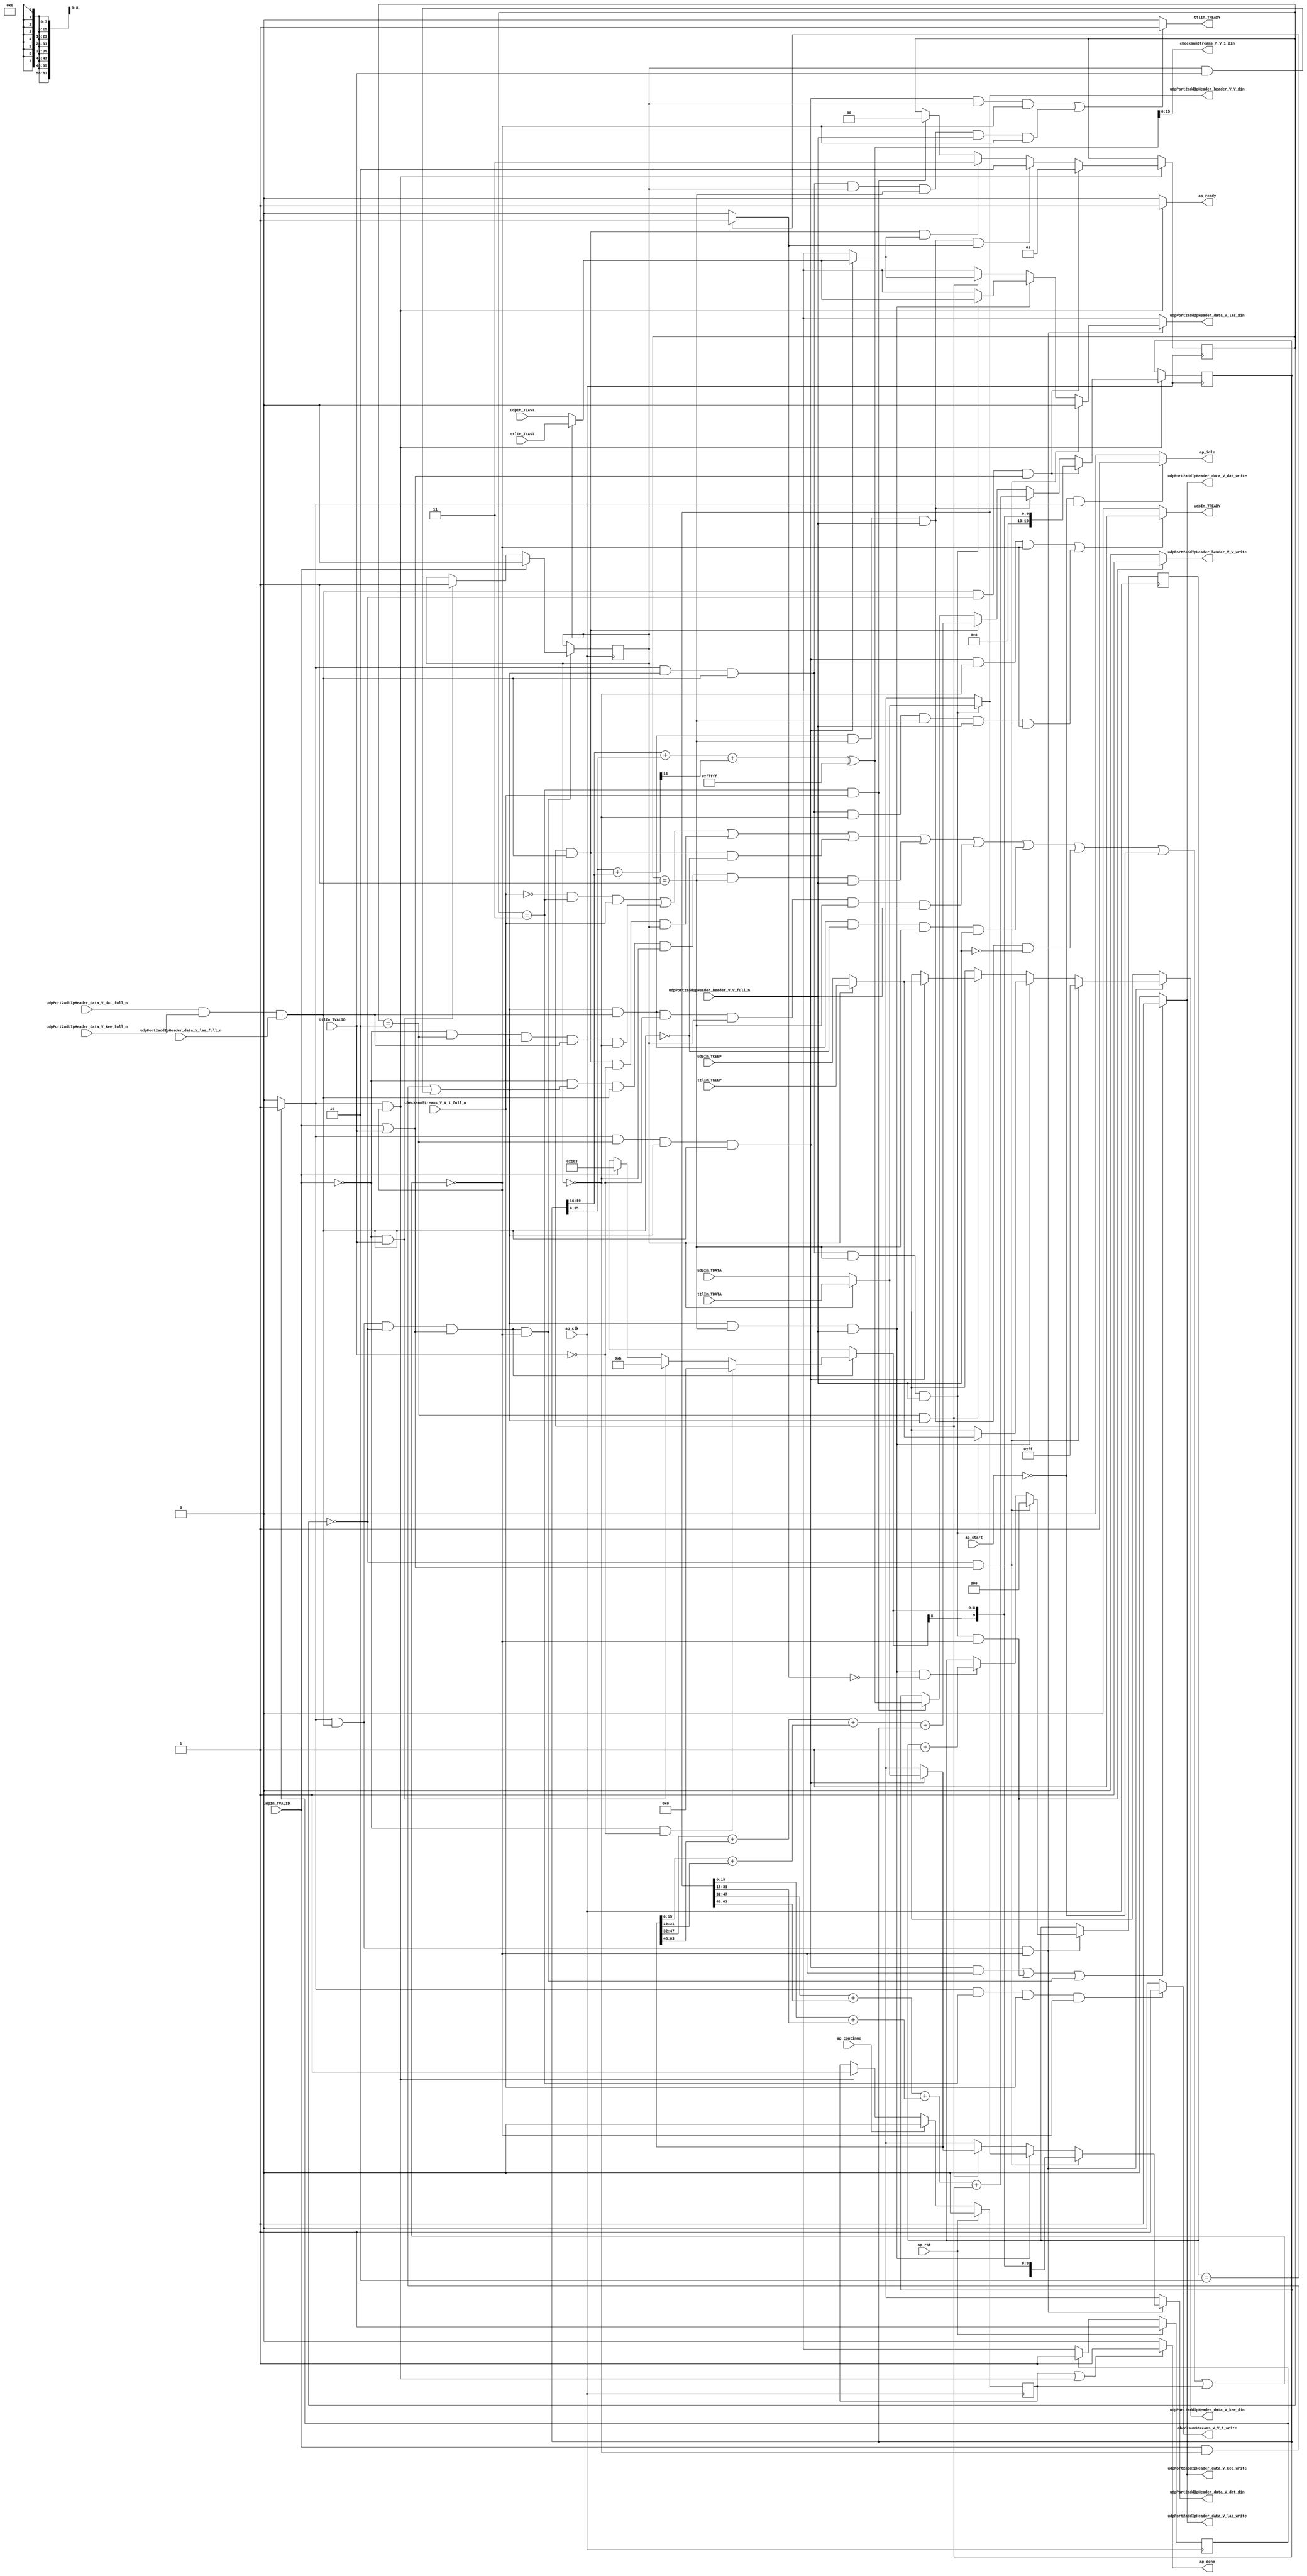
// This program was cloned from: https://github.com/mustafabbas/ECE1373_2016_hft_on_fpga
// License: MIT License

// ==============================================================
// RTL generated by Vivado(TM) HLS - High-Level Synthesis from C, C++ and SystemC
// Version: 2015.1
// Copyright (C) 2015 Xilinx Inc. All rights reserved.
// 
// ===========================================================

`timescale 1 ns / 1 ps 

module icmp_server_udpPortUnreachable (
        ap_clk,
        ap_rst,
        ap_start,
        ap_done,
        ap_continue,
        ap_idle,
        ap_ready,
        udpIn_TDATA,
        udpIn_TVALID,
        udpIn_TREADY,
        udpIn_TKEEP,
        udpIn_TLAST,
        ttlIn_TDATA,
        ttlIn_TVALID,
        ttlIn_TREADY,
        ttlIn_TKEEP,
        ttlIn_TLAST,
        udpPort2addIpHeader_data_V_dat_din,
        udpPort2addIpHeader_data_V_dat_full_n,
        udpPort2addIpHeader_data_V_dat_write,
        udpPort2addIpHeader_data_V_kee_din,
        udpPort2addIpHeader_data_V_kee_full_n,
        udpPort2addIpHeader_data_V_kee_write,
        udpPort2addIpHeader_data_V_las_din,
        udpPort2addIpHeader_data_V_las_full_n,
        udpPort2addIpHeader_data_V_las_write,
        udpPort2addIpHeader_header_V_V_din,
        udpPort2addIpHeader_header_V_V_full_n,
        udpPort2addIpHeader_header_V_V_write,
        checksumStreams_V_V_1_din,
        checksumStreams_V_V_1_full_n,
        checksumStreams_V_V_1_write
);

parameter    ap_const_logic_1 = 1'b1;
parameter    ap_const_logic_0 = 1'b0;
parameter    ap_ST_st1_fsm_0 = 1'b1;
parameter    ap_const_lv32_0 = 32'b00000000000000000000000000000000;
parameter    ap_const_lv1_1 = 1'b1;
parameter    ap_const_lv2_0 = 2'b00;
parameter    ap_const_lv3_0 = 3'b000;
parameter    ap_const_lv1_0 = 1'b0;
parameter    ap_const_lv2_3 = 2'b11;
parameter    ap_const_lv2_2 = 2'b10;
parameter    ap_const_lv2_1 = 2'b1;
parameter    ap_const_lv9_103 = 9'b100000011;
parameter    ap_const_lv9_B = 9'b1011;
parameter    ap_const_lv9_0 = 9'b000000000;
parameter    ap_const_lv8_FF = 8'b11111111;
parameter    ap_const_lv32_10 = 32'b10000;
parameter    ap_const_lv32_13 = 32'b10011;
parameter    ap_const_lv20_FFFFF = 20'b11111111111111111111;
parameter    ap_const_lv32_30 = 32'b110000;
parameter    ap_const_lv32_3F = 32'b111111;
parameter    ap_const_lv32_20 = 32'b100000;
parameter    ap_const_lv32_2F = 32'b101111;
parameter    ap_const_lv32_1F = 32'b11111;
parameter    ap_const_lv3_2 = 3'b10;
parameter    ap_const_lv3_1 = 3'b1;
parameter    ap_true = 1'b1;

input   ap_clk;
input   ap_rst;
input   ap_start;
output   ap_done;
input   ap_continue;
output   ap_idle;
output   ap_ready;
input  [63:0] udpIn_TDATA;
input   udpIn_TVALID;
output   udpIn_TREADY;
input  [7:0] udpIn_TKEEP;
input  [0:0] udpIn_TLAST;
input  [63:0] ttlIn_TDATA;
input   ttlIn_TVALID;
output   ttlIn_TREADY;
input  [7:0] ttlIn_TKEEP;
input  [0:0] ttlIn_TLAST;
output  [63:0] udpPort2addIpHeader_data_V_dat_din;
input   udpPort2addIpHeader_data_V_dat_full_n;
output   udpPort2addIpHeader_data_V_dat_write;
output  [7:0] udpPort2addIpHeader_data_V_kee_din;
input   udpPort2addIpHeader_data_V_kee_full_n;
output   udpPort2addIpHeader_data_V_kee_write;
output  [0:0] udpPort2addIpHeader_data_V_las_din;
input   udpPort2addIpHeader_data_V_las_full_n;
output   udpPort2addIpHeader_data_V_las_write;
output  [63:0] udpPort2addIpHeader_header_V_V_din;
input   udpPort2addIpHeader_header_V_V_full_n;
output   udpPort2addIpHeader_header_V_V_write;
output  [15:0] checksumStreams_V_V_1_din;
input   checksumStreams_V_V_1_full_n;
output   checksumStreams_V_V_1_write;

reg ap_done;
reg ap_idle;
reg ap_ready;
reg udpIn_TREADY;
reg ttlIn_TREADY;
reg[63:0] udpPort2addIpHeader_data_V_dat_din;
reg[7:0] udpPort2addIpHeader_data_V_kee_din;
reg[0:0] udpPort2addIpHeader_data_V_las_din;
reg udpPort2addIpHeader_header_V_V_write;
reg checksumStreams_V_V_1_write;
reg    ap_done_reg = 1'b0;
(* fsm_encoding = "none" *) reg   [0:0] ap_CS_fsm = 1'b1;
reg    ap_sig_cseq_ST_st1_fsm_0;
reg    ap_sig_bdd_20;
reg   [1:0] udpState = 2'b00;
reg   [2:0] ipWordCounter_V = 3'b000;
reg   [0:0] streamSource_V = 1'b0;
reg   [19:0] udpChecksum_V = 20'b00000000000000000000;
reg   [0:0] tmp_last_V_9_phi_fu_230_p4;
wire   [0:0] tmp_23_nbwritereq_fu_150_p3;
wire   [0:0] grp_fu_319_p2;
wire   [0:0] grp_nbwritereq_fu_165_p5;
wire    udpPort2addIpHeader_data_V_dat1_status;
wire   [0:0] tmp_22_nbwritereq_fu_210_p3;
wire   [0:0] brmerge_fu_684_p2;
reg    ap_sig_bdd_139;
reg   [7:0] tmp_keep_V_9_phi_fu_240_p4;
reg   [63:0] p_Val2_19_phi_fu_250_p4;
reg   [0:0] tmp_last_V_10_phi_fu_260_p4;
reg   [7:0] tmp_keep_V_10_phi_fu_270_p4;
reg   [63:0] p_Val2_18_phi_fu_280_p4;
reg   [8:0] p_Val2_17_phi_fu_291_p6;
wire   [0:0] tmp_nbreadreq_fu_126_p5;
wire   [0:0] tmp_17_nbreadreq_fu_138_p5;
reg    udpPort2addIpHeader_data_V_dat1_update;
wire   [63:0] tmp_data_V_6_fu_712_p1;
wire   [0:0] tmp_32_fu_660_p2;
wire   [2:0] tmp_33_fu_666_p2;
wire   [19:0] p_Val2_s_fu_447_p2;
wire   [19:0] tmp_28_fu_550_p2;
wire   [19:0] tmp_31_fu_648_p2;
wire   [19:0] tmp_33_cast_fu_717_p1;
wire   [0:0] grp_fu_303_p2;
wire   [0:0] grp_fu_308_p2;
wire   [0:0] grp_fu_314_p2;
wire   [15:0] tmp_95_fu_379_p1;
wire   [3:0] r_V_fu_387_p4;
wire   [16:0] p_cast_fu_383_p1;
wire   [16:0] r_V_cast_fu_397_p1;
wire   [15:0] tmp_97_fu_411_p1;
wire   [15:0] tmp_96_fu_407_p1;
wire   [15:0] tmp_98_fu_415_p2;
wire   [16:0] tmp_s_fu_401_p2;
wire   [0:0] tmp_99_fu_425_p3;
wire   [16:0] p_1_cast_fu_421_p1;
wire   [16:0] r_V_1_fu_433_p1;
wire   [16:0] tmp_25_fu_437_p2;
wire   [19:0] tmp_26_cast_fu_443_p1;
wire   [15:0] p_Result_s_fu_470_p4;
wire   [15:0] p_Result_8_fu_480_p4;
wire   [15:0] p_Result_9_fu_498_p4;
wire   [15:0] tmp_101_fu_512_p1;
wire   [16:0] tmp_37_cast_fu_494_p1;
wire   [16:0] tmp_36_cast_fu_490_p1;
wire   [16:0] tmp_26_fu_520_p2;
wire   [16:0] tmp_40_cast_cast_fu_516_p1;
wire   [16:0] tmp_38_cast_cast_fu_508_p1;
wire   [16:0] tmp2_fu_530_p2;
wire   [17:0] tmp_41_cast_fu_526_p1;
wire   [17:0] tmp2_cast_fu_536_p1;
wire   [17:0] tmp_27_fu_540_p2;
wire   [19:0] tmp_43_cast_fu_546_p1;
wire   [15:0] p_Result_10_fu_568_p4;
wire   [15:0] p_Result_11_fu_578_p4;
wire   [15:0] p_Result_12_fu_596_p4;
wire   [15:0] tmp_102_fu_610_p1;
wire   [16:0] tmp_48_cast_fu_592_p1;
wire   [16:0] tmp_47_cast_fu_588_p1;
wire   [16:0] tmp_29_fu_618_p2;
wire   [16:0] tmp_50_cast_cast_fu_614_p1;
wire   [16:0] tmp_49_cast_cast_fu_606_p1;
wire   [16:0] tmp1_fu_628_p2;
wire   [17:0] tmp_51_cast_fu_624_p1;
wire   [17:0] tmp1_cast_fu_634_p1;
wire   [17:0] tmp_30_fu_638_p2;
wire   [19:0] tmp_53_cast_fu_644_p1;
wire  signed [9:0] p_Val2_16_cast1_fu_708_p1;
reg   [0:0] ap_NS_fsm;
reg    ap_sig_bdd_480;
reg    ap_sig_bdd_125;
reg    ap_sig_bdd_478;
reg    ap_sig_bdd_486;
reg    ap_sig_bdd_488;
reg    ap_sig_bdd_485;
reg    ap_sig_bdd_494;
reg    ap_sig_bdd_497;
reg    ap_sig_bdd_198;
reg    ap_sig_bdd_76;
reg    ap_sig_bdd_88;
reg    ap_sig_bdd_117;
reg    ap_sig_bdd_126;
reg    ap_sig_bdd_142;
reg    ap_sig_bdd_84;
reg    ap_sig_bdd_479;
reg    ap_sig_bdd_205;
reg    ap_sig_bdd_210;




/// the current state (ap_CS_fsm) of the state machine. ///
always @ (posedge ap_clk)
begin : ap_ret_ap_CS_fsm
    if (ap_rst == 1'b1) begin
        ap_CS_fsm <= ap_ST_st1_fsm_0;
    end else begin
        ap_CS_fsm <= ap_NS_fsm;
    end
end

/// ap_done_reg assign process. ///
always @ (posedge ap_clk)
begin : ap_ret_ap_done_reg
    if (ap_rst == 1'b1) begin
        ap_done_reg <= ap_const_logic_0;
    end else begin
        if ((ap_const_logic_1 == ap_continue)) begin
            ap_done_reg <= ap_const_logic_0;
        end else if (((ap_const_logic_1 == ap_sig_cseq_ST_st1_fsm_0) & ~ap_sig_bdd_139)) begin
            ap_done_reg <= ap_const_logic_1;
        end
    end
end

/// assign process. ///
always @(posedge ap_clk)
begin
    if (ap_sig_bdd_478) begin
        if (ap_sig_bdd_125) begin
            ipWordCounter_V <= ap_const_lv3_0;
        end else if (ap_sig_bdd_480) begin
            ipWordCounter_V <= tmp_33_fu_666_p2;
        end
    end
end

/// assign process. ///
always @(posedge ap_clk)
begin
    if (ap_sig_bdd_198) begin
        if (~(ap_const_lv1_0 == tmp_nbreadreq_fu_126_p5)) begin
            streamSource_V <= ap_const_lv1_0;
        end else if (ap_sig_bdd_486) begin
            streamSource_V <= ap_const_lv1_1;
        end
    end
end

/// assign process. ///
always @(posedge ap_clk)
begin
    if (ap_sig_bdd_142) begin
        if (ap_sig_bdd_126) begin
            udpChecksum_V <= tmp_33_cast_fu_717_p1;
        end else if (ap_sig_bdd_117) begin
            udpChecksum_V <= tmp_31_fu_648_p2;
        end else if (ap_sig_bdd_88) begin
            udpChecksum_V <= tmp_28_fu_550_p2;
        end else if (ap_sig_bdd_76) begin
            udpChecksum_V <= p_Val2_s_fu_447_p2;
        end
    end
end

/// assign process. ///
always @(posedge ap_clk)
begin
    if (ap_sig_bdd_142) begin
        if (ap_sig_bdd_126) begin
            udpState <= ap_const_lv2_1;
        end else if (ap_sig_bdd_210) begin
            udpState <= ap_const_lv2_2;
        end else if (ap_sig_bdd_205) begin
            udpState <= ap_const_lv2_3;
        end else if (ap_sig_bdd_76) begin
            udpState <= ap_const_lv2_0;
        end
    end
end

/// ap_done assign process. ///
always @ (ap_done_reg or ap_sig_cseq_ST_st1_fsm_0 or ap_sig_bdd_139)
begin
    if (((ap_const_logic_1 == ap_done_reg) | ((ap_const_logic_1 == ap_sig_cseq_ST_st1_fsm_0) & ~ap_sig_bdd_139))) begin
        ap_done = ap_const_logic_1;
    end else begin
        ap_done = ap_const_logic_0;
    end
end

/// ap_idle assign process. ///
always @ (ap_start or ap_sig_cseq_ST_st1_fsm_0)
begin
    if ((~(ap_const_logic_1 == ap_start) & (ap_const_logic_1 == ap_sig_cseq_ST_st1_fsm_0))) begin
        ap_idle = ap_const_logic_1;
    end else begin
        ap_idle = ap_const_logic_0;
    end
end

/// ap_ready assign process. ///
always @ (ap_sig_cseq_ST_st1_fsm_0 or ap_sig_bdd_139)
begin
    if (((ap_const_logic_1 == ap_sig_cseq_ST_st1_fsm_0) & ~ap_sig_bdd_139)) begin
        ap_ready = ap_const_logic_1;
    end else begin
        ap_ready = ap_const_logic_0;
    end
end

/// ap_sig_cseq_ST_st1_fsm_0 assign process. ///
always @ (ap_sig_bdd_20)
begin
    if (ap_sig_bdd_20) begin
        ap_sig_cseq_ST_st1_fsm_0 = ap_const_logic_1;
    end else begin
        ap_sig_cseq_ST_st1_fsm_0 = ap_const_logic_0;
    end
end

/// checksumStreams_V_V_1_write assign process. ///
always @ (ap_sig_cseq_ST_st1_fsm_0 or udpState or tmp_23_nbwritereq_fu_150_p3 or ap_sig_bdd_139)
begin
    if (((ap_const_logic_1 == ap_sig_cseq_ST_st1_fsm_0) & (udpState == ap_const_lv2_3) & ~(ap_const_lv1_0 == tmp_23_nbwritereq_fu_150_p3) & ~ap_sig_bdd_139)) begin
        checksumStreams_V_V_1_write = ap_const_logic_1;
    end else begin
        checksumStreams_V_V_1_write = ap_const_logic_0;
    end
end

/// p_Val2_17_phi_fu_291_p6 assign process. ///
always @ (tmp_nbreadreq_fu_126_p5 or ap_sig_bdd_486 or ap_sig_bdd_488 or ap_sig_bdd_485)
begin
    if (ap_sig_bdd_485) begin
        if (ap_sig_bdd_488) begin
            p_Val2_17_phi_fu_291_p6 = ap_const_lv9_0;
        end else if (ap_sig_bdd_486) begin
            p_Val2_17_phi_fu_291_p6 = ap_const_lv9_B;
        end else if (~(ap_const_lv1_0 == tmp_nbreadreq_fu_126_p5)) begin
            p_Val2_17_phi_fu_291_p6 = ap_const_lv9_103;
        end else begin
            p_Val2_17_phi_fu_291_p6 = 'bx;
        end
    end else begin
        p_Val2_17_phi_fu_291_p6 = 'bx;
    end
end

/// p_Val2_18_phi_fu_280_p4 assign process. ///
always @ (udpIn_TDATA or ttlIn_TDATA or streamSource_V or ap_sig_bdd_494)
begin
    if (ap_sig_bdd_494) begin
        if ((ap_const_lv1_0 == streamSource_V)) begin
            p_Val2_18_phi_fu_280_p4 = udpIn_TDATA;
        end else if (~(ap_const_lv1_0 == streamSource_V)) begin
            p_Val2_18_phi_fu_280_p4 = ttlIn_TDATA;
        end else begin
            p_Val2_18_phi_fu_280_p4 = 'bx;
        end
    end else begin
        p_Val2_18_phi_fu_280_p4 = 'bx;
    end
end

/// p_Val2_19_phi_fu_250_p4 assign process. ///
always @ (udpIn_TDATA or ttlIn_TDATA or streamSource_V or ap_sig_bdd_497)
begin
    if (ap_sig_bdd_497) begin
        if ((ap_const_lv1_0 == streamSource_V)) begin
            p_Val2_19_phi_fu_250_p4 = udpIn_TDATA;
        end else if (~(ap_const_lv1_0 == streamSource_V)) begin
            p_Val2_19_phi_fu_250_p4 = ttlIn_TDATA;
        end else begin
            p_Val2_19_phi_fu_250_p4 = 'bx;
        end
    end else begin
        p_Val2_19_phi_fu_250_p4 = 'bx;
    end
end

/// tmp_keep_V_10_phi_fu_270_p4 assign process. ///
always @ (udpIn_TKEEP or ttlIn_TKEEP or streamSource_V or ap_sig_bdd_494)
begin
    if (ap_sig_bdd_494) begin
        if ((ap_const_lv1_0 == streamSource_V)) begin
            tmp_keep_V_10_phi_fu_270_p4 = udpIn_TKEEP;
        end else if (~(ap_const_lv1_0 == streamSource_V)) begin
            tmp_keep_V_10_phi_fu_270_p4 = ttlIn_TKEEP;
        end else begin
            tmp_keep_V_10_phi_fu_270_p4 = 'bx;
        end
    end else begin
        tmp_keep_V_10_phi_fu_270_p4 = 'bx;
    end
end

/// tmp_keep_V_9_phi_fu_240_p4 assign process. ///
always @ (udpIn_TKEEP or ttlIn_TKEEP or streamSource_V or ap_sig_bdd_497)
begin
    if (ap_sig_bdd_497) begin
        if ((ap_const_lv1_0 == streamSource_V)) begin
            tmp_keep_V_9_phi_fu_240_p4 = udpIn_TKEEP;
        end else if (~(ap_const_lv1_0 == streamSource_V)) begin
            tmp_keep_V_9_phi_fu_240_p4 = ttlIn_TKEEP;
        end else begin
            tmp_keep_V_9_phi_fu_240_p4 = 'bx;
        end
    end else begin
        tmp_keep_V_9_phi_fu_240_p4 = 'bx;
    end
end

/// tmp_last_V_10_phi_fu_260_p4 assign process. ///
always @ (udpIn_TLAST or ttlIn_TLAST or streamSource_V or ap_sig_bdd_494)
begin
    if (ap_sig_bdd_494) begin
        if ((ap_const_lv1_0 == streamSource_V)) begin
            tmp_last_V_10_phi_fu_260_p4 = udpIn_TLAST;
        end else if (~(ap_const_lv1_0 == streamSource_V)) begin
            tmp_last_V_10_phi_fu_260_p4 = ttlIn_TLAST;
        end else begin
            tmp_last_V_10_phi_fu_260_p4 = 'bx;
        end
    end else begin
        tmp_last_V_10_phi_fu_260_p4 = 'bx;
    end
end

/// tmp_last_V_9_phi_fu_230_p4 assign process. ///
always @ (udpIn_TLAST or ttlIn_TLAST or streamSource_V or ap_sig_bdd_497)
begin
    if (ap_sig_bdd_497) begin
        if ((ap_const_lv1_0 == streamSource_V)) begin
            tmp_last_V_9_phi_fu_230_p4 = udpIn_TLAST;
        end else if (~(ap_const_lv1_0 == streamSource_V)) begin
            tmp_last_V_9_phi_fu_230_p4 = ttlIn_TLAST;
        end else begin
            tmp_last_V_9_phi_fu_230_p4 = 'bx;
        end
    end else begin
        tmp_last_V_9_phi_fu_230_p4 = 'bx;
    end
end

/// ttlIn_TREADY assign process. ///
always @ (ap_sig_cseq_ST_st1_fsm_0 or udpState or streamSource_V or grp_fu_319_p2 or grp_nbwritereq_fu_165_p5 or tmp_22_nbwritereq_fu_210_p3 or ap_sig_bdd_139)
begin
    if ((((ap_const_logic_1 == ap_sig_cseq_ST_st1_fsm_0) & (udpState == ap_const_lv2_2) & ~(ap_const_lv1_0 == grp_fu_319_p2) & ~(ap_const_lv1_0 == grp_nbwritereq_fu_165_p5) & ~(ap_const_lv1_0 == streamSource_V) & ~ap_sig_bdd_139) | ((ap_const_logic_1 == ap_sig_cseq_ST_st1_fsm_0) & ~(ap_const_lv1_0 == grp_fu_319_p2) & ~(ap_const_lv1_0 == grp_nbwritereq_fu_165_p5) & ~(ap_const_lv1_0 == streamSource_V) & (udpState == ap_const_lv2_1) & ~(ap_const_lv1_0 == tmp_22_nbwritereq_fu_210_p3) & ~ap_sig_bdd_139))) begin
        ttlIn_TREADY = ap_const_logic_1;
    end else begin
        ttlIn_TREADY = ap_const_logic_0;
    end
end

/// udpIn_TREADY assign process. ///
always @ (ap_sig_cseq_ST_st1_fsm_0 or udpState or streamSource_V or grp_fu_319_p2 or grp_nbwritereq_fu_165_p5 or tmp_22_nbwritereq_fu_210_p3 or ap_sig_bdd_139)
begin
    if ((((ap_const_logic_1 == ap_sig_cseq_ST_st1_fsm_0) & (udpState == ap_const_lv2_2) & ~(ap_const_lv1_0 == grp_fu_319_p2) & ~(ap_const_lv1_0 == grp_nbwritereq_fu_165_p5) & (ap_const_lv1_0 == streamSource_V) & ~ap_sig_bdd_139) | ((ap_const_logic_1 == ap_sig_cseq_ST_st1_fsm_0) & ~(ap_const_lv1_0 == grp_fu_319_p2) & ~(ap_const_lv1_0 == grp_nbwritereq_fu_165_p5) & (ap_const_lv1_0 == streamSource_V) & (udpState == ap_const_lv2_1) & ~(ap_const_lv1_0 == tmp_22_nbwritereq_fu_210_p3) & ~ap_sig_bdd_139))) begin
        udpIn_TREADY = ap_const_logic_1;
    end else begin
        udpIn_TREADY = ap_const_logic_0;
    end
end

/// udpPort2addIpHeader_data_V_dat1_update assign process. ///
always @ (ap_sig_cseq_ST_st1_fsm_0 or udpState or grp_fu_319_p2 or grp_nbwritereq_fu_165_p5 or tmp_22_nbwritereq_fu_210_p3 or brmerge_fu_684_p2 or ap_sig_bdd_139)
begin
    if ((((ap_const_logic_1 == ap_sig_cseq_ST_st1_fsm_0) & (udpState == ap_const_lv2_2) & ~(ap_const_lv1_0 == grp_fu_319_p2) & ~(ap_const_lv1_0 == grp_nbwritereq_fu_165_p5) & ~ap_sig_bdd_139) | ((ap_const_logic_1 == ap_sig_cseq_ST_st1_fsm_0) & ~(ap_const_lv1_0 == grp_fu_319_p2) & ~(ap_const_lv1_0 == grp_nbwritereq_fu_165_p5) & (udpState == ap_const_lv2_1) & ~(ap_const_lv1_0 == tmp_22_nbwritereq_fu_210_p3) & ~ap_sig_bdd_139) | ((ap_const_logic_1 == ap_sig_cseq_ST_st1_fsm_0) & ~(ap_const_lv1_0 == grp_nbwritereq_fu_165_p5) & (ap_const_lv2_0 == udpState) & ~(ap_const_lv1_0 == brmerge_fu_684_p2) & ~ap_sig_bdd_139))) begin
        udpPort2addIpHeader_data_V_dat1_update = ap_const_logic_1;
    end else begin
        udpPort2addIpHeader_data_V_dat1_update = ap_const_logic_0;
    end
end

/// udpPort2addIpHeader_data_V_dat_din assign process. ///
always @ (p_Val2_19_phi_fu_250_p4 or p_Val2_18_phi_fu_280_p4 or tmp_data_V_6_fu_712_p1 or ap_sig_bdd_125 or ap_sig_bdd_478 or ap_sig_bdd_84 or ap_sig_bdd_479)
begin
    if (ap_sig_bdd_478) begin
        if (ap_sig_bdd_125) begin
            udpPort2addIpHeader_data_V_dat_din = tmp_data_V_6_fu_712_p1;
        end else if (ap_sig_bdd_479) begin
            udpPort2addIpHeader_data_V_dat_din = p_Val2_18_phi_fu_280_p4;
        end else if (ap_sig_bdd_84) begin
            udpPort2addIpHeader_data_V_dat_din = p_Val2_19_phi_fu_250_p4;
        end else begin
            udpPort2addIpHeader_data_V_dat_din = 'bx;
        end
    end else begin
        udpPort2addIpHeader_data_V_dat_din = 'bx;
    end
end

/// udpPort2addIpHeader_data_V_kee_din assign process. ///
always @ (tmp_keep_V_9_phi_fu_240_p4 or tmp_keep_V_10_phi_fu_270_p4 or ap_sig_bdd_125 or ap_sig_bdd_478 or ap_sig_bdd_84 or ap_sig_bdd_479)
begin
    if (ap_sig_bdd_478) begin
        if (ap_sig_bdd_125) begin
            udpPort2addIpHeader_data_V_kee_din = ap_const_lv8_FF;
        end else if (ap_sig_bdd_479) begin
            udpPort2addIpHeader_data_V_kee_din = tmp_keep_V_10_phi_fu_270_p4;
        end else if (ap_sig_bdd_84) begin
            udpPort2addIpHeader_data_V_kee_din = tmp_keep_V_9_phi_fu_240_p4;
        end else begin
            udpPort2addIpHeader_data_V_kee_din = 'bx;
        end
    end else begin
        udpPort2addIpHeader_data_V_kee_din = 'bx;
    end
end

/// udpPort2addIpHeader_data_V_las_din assign process. ///
always @ (tmp_last_V_9_phi_fu_230_p4 or tmp_last_V_10_phi_fu_260_p4 or ap_sig_bdd_125 or ap_sig_bdd_478 or ap_sig_bdd_84 or ap_sig_bdd_479)
begin
    if (ap_sig_bdd_478) begin
        if (ap_sig_bdd_125) begin
            udpPort2addIpHeader_data_V_las_din = ap_const_lv1_0;
        end else if (ap_sig_bdd_479) begin
            udpPort2addIpHeader_data_V_las_din = tmp_last_V_10_phi_fu_260_p4;
        end else if (ap_sig_bdd_84) begin
            udpPort2addIpHeader_data_V_las_din = tmp_last_V_9_phi_fu_230_p4;
        end else begin
            udpPort2addIpHeader_data_V_las_din = 'bx;
        end
    end else begin
        udpPort2addIpHeader_data_V_las_din = 'bx;
    end
end

/// udpPort2addIpHeader_header_V_V_write assign process. ///
always @ (ap_sig_cseq_ST_st1_fsm_0 or udpState or grp_fu_319_p2 or grp_nbwritereq_fu_165_p5 or tmp_22_nbwritereq_fu_210_p3 or ap_sig_bdd_139)
begin
    if (((ap_const_logic_1 == ap_sig_cseq_ST_st1_fsm_0) & ~(ap_const_lv1_0 == grp_fu_319_p2) & ~(ap_const_lv1_0 == grp_nbwritereq_fu_165_p5) & (udpState == ap_const_lv2_1) & ~(ap_const_lv1_0 == tmp_22_nbwritereq_fu_210_p3) & ~ap_sig_bdd_139)) begin
        udpPort2addIpHeader_header_V_V_write = ap_const_logic_1;
    end else begin
        udpPort2addIpHeader_header_V_V_write = ap_const_logic_0;
    end
end
/// the next state (ap_NS_fsm) of the state machine. ///
always @ (ap_CS_fsm or ap_sig_bdd_139)
begin
    case (ap_CS_fsm)
        ap_ST_st1_fsm_0 : 
        begin
            ap_NS_fsm = ap_ST_st1_fsm_0;
        end
        default : 
        begin
            ap_NS_fsm = 'bx;
        end
    endcase
end


/// ap_sig_bdd_117 assign process. ///
always @ (udpState or grp_fu_319_p2 or grp_nbwritereq_fu_165_p5 or tmp_22_nbwritereq_fu_210_p3)
begin
    ap_sig_bdd_117 = (~(ap_const_lv1_0 == grp_fu_319_p2) & ~(ap_const_lv1_0 == grp_nbwritereq_fu_165_p5) & (udpState == ap_const_lv2_1) & ~(ap_const_lv1_0 == tmp_22_nbwritereq_fu_210_p3));
end

/// ap_sig_bdd_125 assign process. ///
always @ (udpState or brmerge_fu_684_p2)
begin
    ap_sig_bdd_125 = ((ap_const_lv2_0 == udpState) & ~(ap_const_lv1_0 == brmerge_fu_684_p2));
end

/// ap_sig_bdd_126 assign process. ///
always @ (udpState or grp_nbwritereq_fu_165_p5 or brmerge_fu_684_p2)
begin
    ap_sig_bdd_126 = (~(ap_const_lv1_0 == grp_nbwritereq_fu_165_p5) & (ap_const_lv2_0 == udpState) & ~(ap_const_lv1_0 == brmerge_fu_684_p2));
end

/// ap_sig_bdd_139 assign process. ///
always @ (ap_start or ap_done_reg or udpIn_TVALID or ttlIn_TVALID or udpState or streamSource_V or udpPort2addIpHeader_header_V_V_full_n or checksumStreams_V_V_1_full_n or tmp_23_nbwritereq_fu_150_p3 or grp_fu_319_p2 or grp_nbwritereq_fu_165_p5 or udpPort2addIpHeader_data_V_dat1_status or tmp_22_nbwritereq_fu_210_p3 or brmerge_fu_684_p2)
begin
    ap_sig_bdd_139 = (((checksumStreams_V_V_1_full_n == ap_const_logic_0) & (udpState == ap_const_lv2_3) & ~(ap_const_lv1_0 == tmp_23_nbwritereq_fu_150_p3)) | ((udpIn_TVALID == ap_const_logic_0) & (udpState == ap_const_lv2_2) & ~(ap_const_lv1_0 == grp_fu_319_p2) & ~(ap_const_lv1_0 == grp_nbwritereq_fu_165_p5) & (ap_const_lv1_0 == streamSource_V)) | ((udpState == ap_const_lv2_2) & ~(ap_const_lv1_0 == grp_fu_319_p2) & ~(ap_const_lv1_0 == grp_nbwritereq_fu_165_p5) & (ttlIn_TVALID == ap_const_logic_0) & ~(ap_const_lv1_0 == streamSource_V)) | ((udpState == ap_const_lv2_2) & ~(ap_const_lv1_0 == grp_fu_319_p2) & ~(ap_const_lv1_0 == grp_nbwritereq_fu_165_p5) & (udpPort2addIpHeader_data_V_dat1_status == ap_const_logic_0)) | ((udpIn_TVALID == ap_const_logic_0) & ~(ap_const_lv1_0 == grp_fu_319_p2) & ~(ap_const_lv1_0 == grp_nbwritereq_fu_165_p5) & (ap_const_lv1_0 == streamSource_V) & (udpState == ap_const_lv2_1) & ~(ap_const_lv1_0 == tmp_22_nbwritereq_fu_210_p3)) | (~(ap_const_lv1_0 == grp_fu_319_p2) & ~(ap_const_lv1_0 == grp_nbwritereq_fu_165_p5) & (ttlIn_TVALID == ap_const_logic_0) & ~(ap_const_lv1_0 == streamSource_V) & (udpState == ap_const_lv2_1) & ~(ap_const_lv1_0 == tmp_22_nbwritereq_fu_210_p3)) | (~(ap_const_lv1_0 == grp_fu_319_p2) & ~(ap_const_lv1_0 == grp_nbwritereq_fu_165_p5) & (udpPort2addIpHeader_data_V_dat1_status == ap_const_logic_0) & (udpState == ap_const_lv2_1) & ~(ap_const_lv1_0 == tmp_22_nbwritereq_fu_210_p3)) | (~(ap_const_lv1_0 == grp_fu_319_p2) & ~(ap_const_lv1_0 == grp_nbwritereq_fu_165_p5) & (udpState == ap_const_lv2_1) & ~(ap_const_lv1_0 == tmp_22_nbwritereq_fu_210_p3) & (udpPort2addIpHeader_header_V_V_full_n == ap_const_logic_0)) | (~(ap_const_lv1_0 == grp_nbwritereq_fu_165_p5) & (udpPort2addIpHeader_data_V_dat1_status == ap_const_logic_0) & (ap_const_lv2_0 == udpState) & ~(ap_const_lv1_0 == brmerge_fu_684_p2)) | (ap_start == ap_const_logic_0) | (ap_done_reg == ap_const_logic_1));
end

/// ap_sig_bdd_142 assign process. ///
always @ (ap_sig_cseq_ST_st1_fsm_0 or ap_sig_bdd_139)
begin
    ap_sig_bdd_142 = ((ap_const_logic_1 == ap_sig_cseq_ST_st1_fsm_0) & ~ap_sig_bdd_139);
end

/// ap_sig_bdd_198 assign process. ///
always @ (ap_sig_cseq_ST_st1_fsm_0 or udpState or grp_nbwritereq_fu_165_p5 or brmerge_fu_684_p2 or ap_sig_bdd_139)
begin
    ap_sig_bdd_198 = ((ap_const_logic_1 == ap_sig_cseq_ST_st1_fsm_0) & ~(ap_const_lv1_0 == grp_nbwritereq_fu_165_p5) & (ap_const_lv2_0 == udpState) & ~(ap_const_lv1_0 == brmerge_fu_684_p2) & ~ap_sig_bdd_139);
end

/// ap_sig_bdd_20 assign process. ///
always @ (ap_CS_fsm)
begin
    ap_sig_bdd_20 = (ap_CS_fsm[ap_const_lv32_0] == ap_const_lv1_1);
end

/// ap_sig_bdd_205 assign process. ///
always @ (udpState or tmp_last_V_9_phi_fu_230_p4 or grp_fu_319_p2 or grp_nbwritereq_fu_165_p5)
begin
    ap_sig_bdd_205 = ((udpState == ap_const_lv2_2) & ~(ap_const_lv1_0 == grp_fu_319_p2) & ~(ap_const_lv1_0 == grp_nbwritereq_fu_165_p5) & ~(ap_const_lv1_0 == tmp_last_V_9_phi_fu_230_p4));
end

/// ap_sig_bdd_210 assign process. ///
always @ (udpState or grp_fu_319_p2 or grp_nbwritereq_fu_165_p5 or tmp_22_nbwritereq_fu_210_p3 or tmp_32_fu_660_p2)
begin
    ap_sig_bdd_210 = (~(ap_const_lv1_0 == grp_fu_319_p2) & ~(ap_const_lv1_0 == grp_nbwritereq_fu_165_p5) & (udpState == ap_const_lv2_1) & ~(ap_const_lv1_0 == tmp_22_nbwritereq_fu_210_p3) & ~(ap_const_lv1_0 == tmp_32_fu_660_p2));
end

/// ap_sig_bdd_478 assign process. ///
always @ (ap_sig_cseq_ST_st1_fsm_0 or grp_nbwritereq_fu_165_p5 or ap_sig_bdd_139)
begin
    ap_sig_bdd_478 = ((ap_const_logic_1 == ap_sig_cseq_ST_st1_fsm_0) & ~(ap_const_lv1_0 == grp_nbwritereq_fu_165_p5) & ~ap_sig_bdd_139);
end

/// ap_sig_bdd_479 assign process. ///
always @ (udpState or grp_fu_319_p2 or tmp_22_nbwritereq_fu_210_p3)
begin
    ap_sig_bdd_479 = (~(ap_const_lv1_0 == grp_fu_319_p2) & (udpState == ap_const_lv2_1) & ~(ap_const_lv1_0 == tmp_22_nbwritereq_fu_210_p3));
end

/// ap_sig_bdd_480 assign process. ///
always @ (udpState or grp_fu_319_p2 or tmp_22_nbwritereq_fu_210_p3 or tmp_32_fu_660_p2)
begin
    ap_sig_bdd_480 = (~(ap_const_lv1_0 == grp_fu_319_p2) & (udpState == ap_const_lv2_1) & ~(ap_const_lv1_0 == tmp_22_nbwritereq_fu_210_p3) & (ap_const_lv1_0 == tmp_32_fu_660_p2));
end

/// ap_sig_bdd_485 assign process. ///
always @ (ap_sig_cseq_ST_st1_fsm_0 or udpState or grp_nbwritereq_fu_165_p5 or brmerge_fu_684_p2)
begin
    ap_sig_bdd_485 = ((ap_const_logic_1 == ap_sig_cseq_ST_st1_fsm_0) & ~(ap_const_lv1_0 == grp_nbwritereq_fu_165_p5) & (ap_const_lv2_0 == udpState) & ~(ap_const_lv1_0 == brmerge_fu_684_p2));
end

/// ap_sig_bdd_486 assign process. ///
always @ (tmp_nbreadreq_fu_126_p5 or tmp_17_nbreadreq_fu_138_p5)
begin
    ap_sig_bdd_486 = ((ap_const_lv1_0 == tmp_nbreadreq_fu_126_p5) & ~(ap_const_lv1_0 == tmp_17_nbreadreq_fu_138_p5));
end

/// ap_sig_bdd_488 assign process. ///
always @ (tmp_nbreadreq_fu_126_p5 or tmp_17_nbreadreq_fu_138_p5)
begin
    ap_sig_bdd_488 = ((ap_const_lv1_0 == tmp_nbreadreq_fu_126_p5) & (ap_const_lv1_0 == tmp_17_nbreadreq_fu_138_p5));
end

/// ap_sig_bdd_494 assign process. ///
always @ (ap_sig_cseq_ST_st1_fsm_0 or udpState or grp_fu_319_p2 or grp_nbwritereq_fu_165_p5 or tmp_22_nbwritereq_fu_210_p3)
begin
    ap_sig_bdd_494 = ((ap_const_logic_1 == ap_sig_cseq_ST_st1_fsm_0) & ~(ap_const_lv1_0 == grp_fu_319_p2) & ~(ap_const_lv1_0 == grp_nbwritereq_fu_165_p5) & (udpState == ap_const_lv2_1) & ~(ap_const_lv1_0 == tmp_22_nbwritereq_fu_210_p3));
end

/// ap_sig_bdd_497 assign process. ///
always @ (ap_sig_cseq_ST_st1_fsm_0 or udpState or grp_fu_319_p2 or grp_nbwritereq_fu_165_p5)
begin
    ap_sig_bdd_497 = ((ap_const_logic_1 == ap_sig_cseq_ST_st1_fsm_0) & (udpState == ap_const_lv2_2) & ~(ap_const_lv1_0 == grp_fu_319_p2) & ~(ap_const_lv1_0 == grp_nbwritereq_fu_165_p5));
end

/// ap_sig_bdd_76 assign process. ///
always @ (udpState or tmp_23_nbwritereq_fu_150_p3)
begin
    ap_sig_bdd_76 = ((udpState == ap_const_lv2_3) & ~(ap_const_lv1_0 == tmp_23_nbwritereq_fu_150_p3));
end

/// ap_sig_bdd_84 assign process. ///
always @ (udpState or grp_fu_319_p2)
begin
    ap_sig_bdd_84 = ((udpState == ap_const_lv2_2) & ~(ap_const_lv1_0 == grp_fu_319_p2));
end

/// ap_sig_bdd_88 assign process. ///
always @ (udpState or grp_fu_319_p2 or grp_nbwritereq_fu_165_p5)
begin
    ap_sig_bdd_88 = ((udpState == ap_const_lv2_2) & ~(ap_const_lv1_0 == grp_fu_319_p2) & ~(ap_const_lv1_0 == grp_nbwritereq_fu_165_p5));
end
assign brmerge_fu_684_p2 = (tmp_nbreadreq_fu_126_p5 | tmp_17_nbreadreq_fu_138_p5);
assign checksumStreams_V_V_1_din = p_Val2_s_fu_447_p2[15:0];
assign grp_fu_303_p2 = (streamSource_V ^ ap_const_lv1_1);
assign grp_fu_308_p2 = (tmp_nbreadreq_fu_126_p5 & grp_fu_303_p2);
assign grp_fu_314_p2 = (streamSource_V & tmp_17_nbreadreq_fu_138_p5);
assign grp_fu_319_p2 = (grp_fu_308_p2 | grp_fu_314_p2);
assign grp_nbwritereq_fu_165_p5 = (udpPort2addIpHeader_data_V_dat_full_n & udpPort2addIpHeader_data_V_kee_full_n & udpPort2addIpHeader_data_V_las_full_n);
assign p_1_cast_fu_421_p1 = tmp_98_fu_415_p2;
assign p_Result_10_fu_568_p4 = {{p_Val2_18_phi_fu_280_p4[ap_const_lv32_3F : ap_const_lv32_30]}};
assign p_Result_11_fu_578_p4 = {{p_Val2_18_phi_fu_280_p4[ap_const_lv32_2F : ap_const_lv32_20]}};
assign p_Result_12_fu_596_p4 = {{p_Val2_18_phi_fu_280_p4[ap_const_lv32_1F : ap_const_lv32_10]}};
assign p_Result_8_fu_480_p4 = {{p_Val2_19_phi_fu_250_p4[ap_const_lv32_2F : ap_const_lv32_20]}};
assign p_Result_9_fu_498_p4 = {{p_Val2_19_phi_fu_250_p4[ap_const_lv32_1F : ap_const_lv32_10]}};
assign p_Result_s_fu_470_p4 = {{p_Val2_19_phi_fu_250_p4[ap_const_lv32_3F : ap_const_lv32_30]}};
assign p_Val2_16_cast1_fu_708_p1 = $signed(p_Val2_17_phi_fu_291_p6);
assign p_Val2_s_fu_447_p2 = (tmp_26_cast_fu_443_p1 ^ ap_const_lv20_FFFFF);
assign p_cast_fu_383_p1 = tmp_95_fu_379_p1;
assign r_V_1_fu_433_p1 = tmp_99_fu_425_p3;
assign r_V_cast_fu_397_p1 = r_V_fu_387_p4;
assign r_V_fu_387_p4 = {{udpChecksum_V[ap_const_lv32_13 : ap_const_lv32_10]}};
assign tmp1_cast_fu_634_p1 = tmp1_fu_628_p2;
assign tmp1_fu_628_p2 = (tmp_50_cast_cast_fu_614_p1 + tmp_49_cast_cast_fu_606_p1);
assign tmp2_cast_fu_536_p1 = tmp2_fu_530_p2;
assign tmp2_fu_530_p2 = (tmp_40_cast_cast_fu_516_p1 + tmp_38_cast_cast_fu_508_p1);
assign tmp_101_fu_512_p1 = p_Val2_19_phi_fu_250_p4[15:0];
assign tmp_102_fu_610_p1 = p_Val2_18_phi_fu_280_p4[15:0];
assign tmp_17_nbreadreq_fu_138_p5 = ttlIn_TVALID;
assign tmp_22_nbwritereq_fu_210_p3 = udpPort2addIpHeader_header_V_V_full_n;
assign tmp_23_nbwritereq_fu_150_p3 = checksumStreams_V_V_1_full_n;
assign tmp_25_fu_437_p2 = (p_1_cast_fu_421_p1 + r_V_1_fu_433_p1);
assign tmp_26_cast_fu_443_p1 = tmp_25_fu_437_p2;
assign tmp_26_fu_520_p2 = (tmp_37_cast_fu_494_p1 + tmp_36_cast_fu_490_p1);
assign tmp_27_fu_540_p2 = (tmp_41_cast_fu_526_p1 + tmp2_cast_fu_536_p1);
assign tmp_28_fu_550_p2 = (tmp_43_cast_fu_546_p1 + udpChecksum_V);
assign tmp_29_fu_618_p2 = (tmp_48_cast_fu_592_p1 + tmp_47_cast_fu_588_p1);
assign tmp_30_fu_638_p2 = (tmp_51_cast_fu_624_p1 + tmp1_cast_fu_634_p1);
assign tmp_31_fu_648_p2 = (tmp_53_cast_fu_644_p1 + udpChecksum_V);
assign tmp_32_fu_660_p2 = (ipWordCounter_V == ap_const_lv3_2? 1'b1: 1'b0);
assign tmp_33_cast_fu_717_p1 = $unsigned(p_Val2_16_cast1_fu_708_p1);
assign tmp_33_fu_666_p2 = (ipWordCounter_V + ap_const_lv3_1);
assign tmp_36_cast_fu_490_p1 = p_Result_s_fu_470_p4;
assign tmp_37_cast_fu_494_p1 = p_Result_8_fu_480_p4;
assign tmp_38_cast_cast_fu_508_p1 = p_Result_9_fu_498_p4;
assign tmp_40_cast_cast_fu_516_p1 = tmp_101_fu_512_p1;
assign tmp_41_cast_fu_526_p1 = tmp_26_fu_520_p2;
assign tmp_43_cast_fu_546_p1 = tmp_27_fu_540_p2;
assign tmp_47_cast_fu_588_p1 = p_Result_10_fu_568_p4;
assign tmp_48_cast_fu_592_p1 = p_Result_11_fu_578_p4;
assign tmp_49_cast_cast_fu_606_p1 = p_Result_12_fu_596_p4;
assign tmp_50_cast_cast_fu_614_p1 = tmp_102_fu_610_p1;
assign tmp_51_cast_fu_624_p1 = tmp_29_fu_618_p2;
assign tmp_53_cast_fu_644_p1 = tmp_30_fu_638_p2;
assign tmp_95_fu_379_p1 = udpChecksum_V[15:0];
assign tmp_96_fu_407_p1 = udpChecksum_V[15:0];
assign tmp_97_fu_411_p1 = r_V_fu_387_p4;
assign tmp_98_fu_415_p2 = (tmp_97_fu_411_p1 + tmp_96_fu_407_p1);
assign tmp_99_fu_425_p3 = tmp_s_fu_401_p2[ap_const_lv32_10];
assign tmp_data_V_6_fu_712_p1 = $unsigned(p_Val2_16_cast1_fu_708_p1);
assign tmp_nbreadreq_fu_126_p5 = udpIn_TVALID;
assign tmp_s_fu_401_p2 = (p_cast_fu_383_p1 + r_V_cast_fu_397_p1);
assign udpPort2addIpHeader_data_V_dat1_status = (udpPort2addIpHeader_data_V_dat_full_n & udpPort2addIpHeader_data_V_kee_full_n & udpPort2addIpHeader_data_V_las_full_n);
assign udpPort2addIpHeader_data_V_dat_write = udpPort2addIpHeader_data_V_dat1_update;
assign udpPort2addIpHeader_data_V_kee_write = udpPort2addIpHeader_data_V_dat1_update;
assign udpPort2addIpHeader_data_V_las_write = udpPort2addIpHeader_data_V_dat1_update;
assign udpPort2addIpHeader_header_V_V_din = p_Val2_18_phi_fu_280_p4;


endmodule //icmp_server_udpPortUnreachable